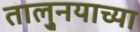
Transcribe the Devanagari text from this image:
तालु्नयाच्या